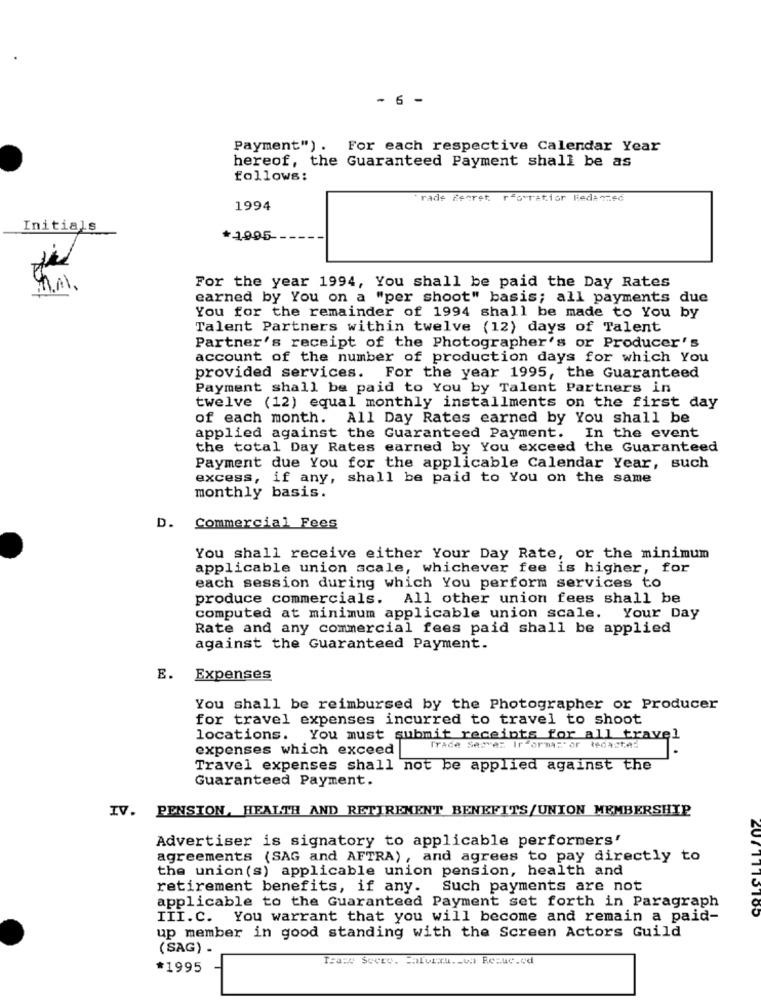
- 6 -
Payment") .
For each respective Calendar Year
hereof, the Guaranteed Payment shall be as
follows:
rade Feeret. rfowatior Redanned
1994
Initials
*1995
MAI.
For the year 1994, You shall be paid the Day Rates
earned by You on a "per shoot" basis; all payments due
You for the remainder of 1994 shall be made to You by
Talent Partners within twelve (12) days of Talent
Partner's receipt of the Photographer's or Producer's
account of the number of production days for which You
provided services. For the year 1995, the Guaranteed
Payment shall be paid to You by Talent Partners in
twelve (12) equal monthly installments on the first day
of each month. All Day Rates earned by You shall be
applied against the Guaranteed Payment. In the event
the total Day Rates earned by You exceed the Guaranteed
Payment due You for the applicable Calendar Year, such
excess, if any, shall be paid to You on the same
monthly basis.
D.
Commercial Fees
You shall receive either Your Day Rate, or the minimum
applicable union scale, whichever fee is higher, for
each session during which You perform services to
produce commercials. All other union fees shall be
computed at minimum applicable union scale. Your Day
Rate and any commercial fees paid shall be applied
against the Guaranteed Payment.
E.
Expenses
You shall be reimbursed by the Photographer or Producer
for travel expenses incurred to travel to shoot
locations. You must submit receipts for all travel
expenses which exceed
Trade Server It ormas or tedacte:
Travel expenses shall not be applied against the
Guaranteed Payment.
IV. PENSION, HEALTH AND RETIREMENT BENEFITS/UNION MEMBERSHIP
Advertiser is signatory to applicable performers'
agreements (SAG and AFTRA) , and agrees to pay directly to
the union(s) applicable union pension, health and
retirement benefits, if any. Such payments are not
applicable to the Guaranteed Payment set forth in Paragraph
III.C. You warrant that you will become and remain a paid-
up member in good standing with the Screen Actors Guild
( SAG) -
Tracy Seere. Jalertu .- v. Resuc.ed
*1995